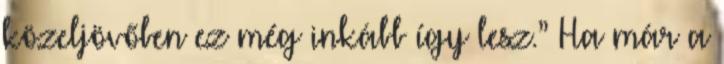
közeljövőben ez még inkább így lesz.” Ha már a